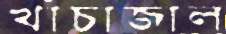
খাঁচাজাল